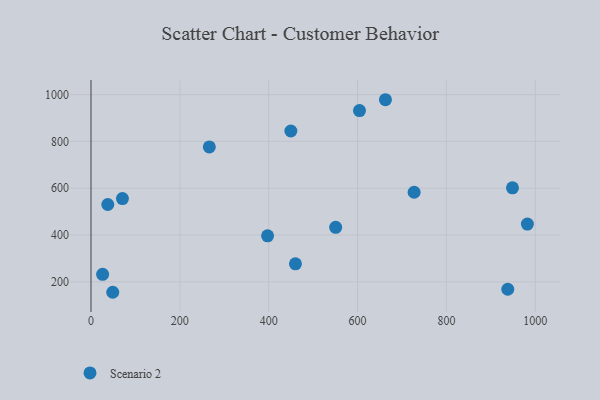
{"axis": {"x": "Speed", "y": "Exam Score"}, "legend": ["Scenario 2"], "data": [{"x": "37.8", "y": 530.2, "type": "Scenario 2"}, {"x": "449.9", "y": 844.3, "type": "Scenario 2"}, {"x": "266.4", "y": 776.2, "type": "Scenario 2"}, {"x": "938.2", "y": 168.1, "type": "Scenario 2"}, {"x": "662.8", "y": 978.0, "type": "Scenario 2"}, {"x": "948.8", "y": 601.7, "type": "Scenario 2"}, {"x": "26.2", "y": 231.7, "type": "Scenario 2"}, {"x": "460.2", "y": 276.6, "type": "Scenario 2"}, {"x": "397.5", "y": 396.3, "type": "Scenario 2"}, {"x": "604.4", "y": 931.6, "type": "Scenario 2"}, {"x": "982.3", "y": 446.4, "type": "Scenario 2"}, {"x": "49.0", "y": 155.1, "type": "Scenario 2"}, {"x": "70.8", "y": 555.6, "type": "Scenario 2"}, {"x": "550.8", "y": 432.5, "type": "Scenario 2"}, {"x": "727.4", "y": 582.6, "type": "Scenario 2"}]}